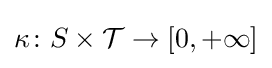
\kappa \colon S\times {\mathcal {T}}\to [0,+\infty ]